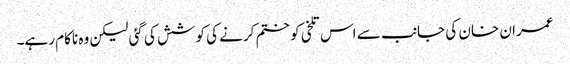
عمران خان کی جانب سے اس تلخی کو ختم کرنے کی کوشش کی گئی لیکن وہ ناکام رہے۔